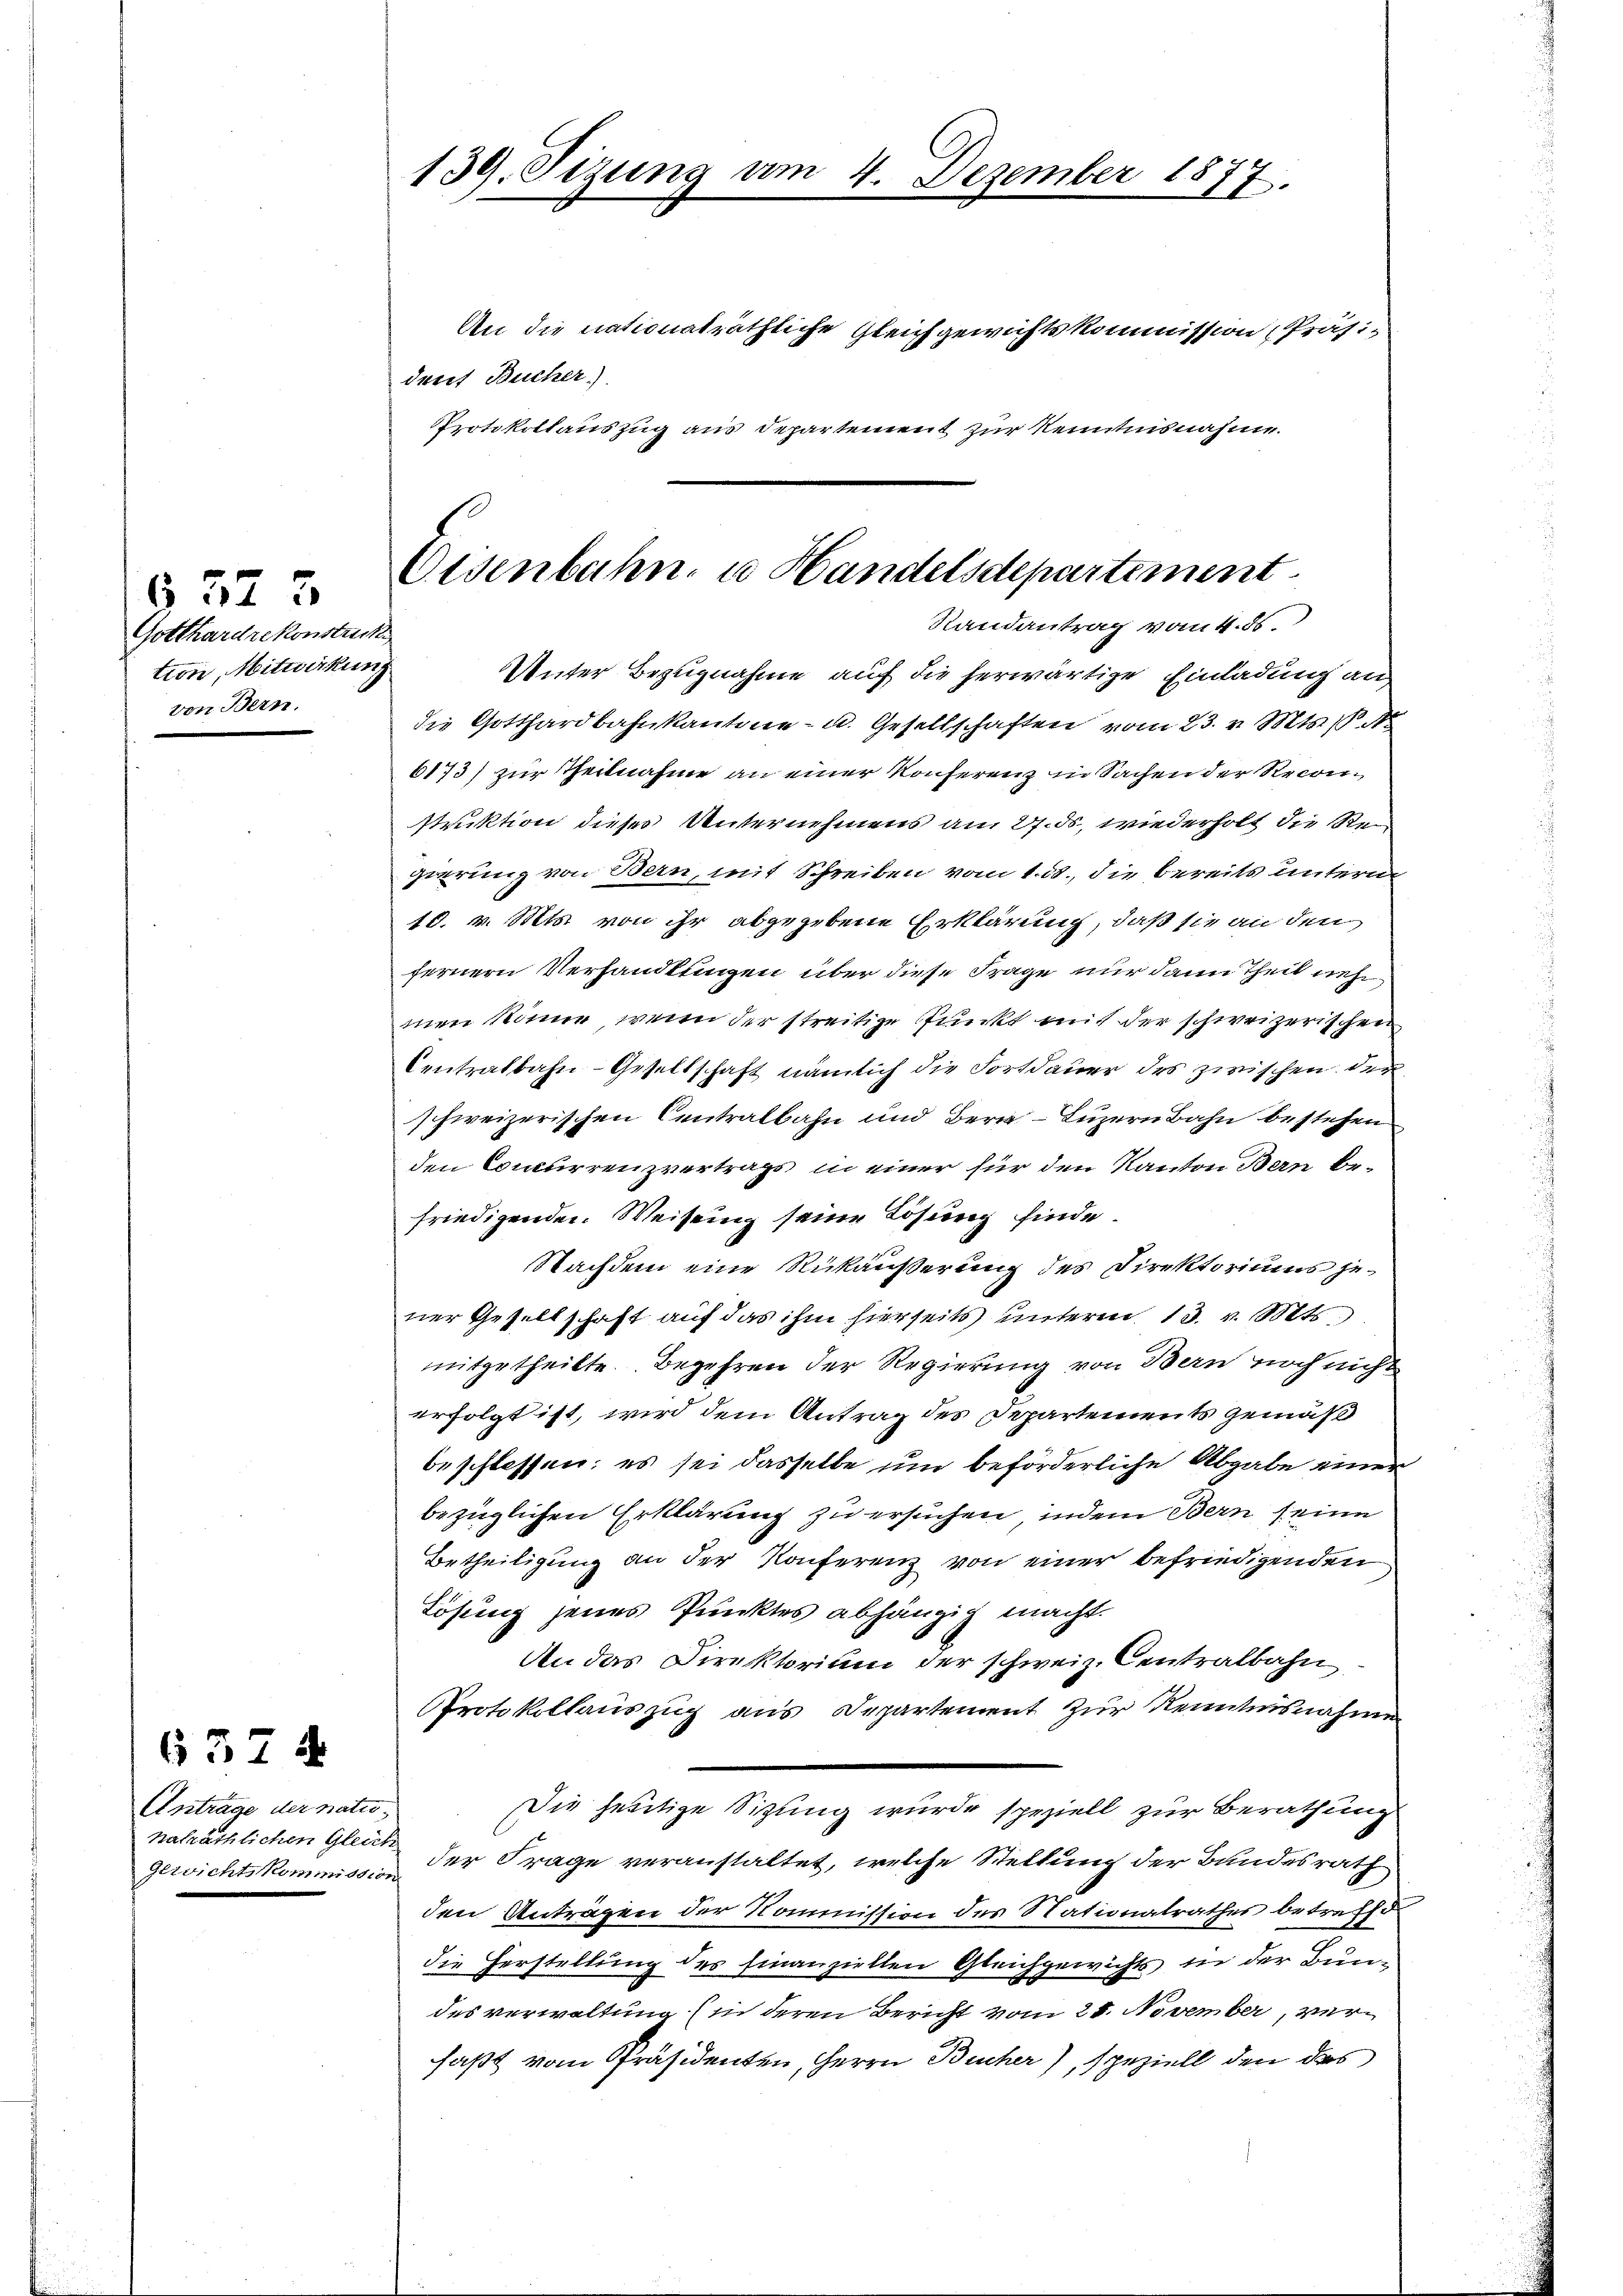
Gotthardrekonstrukt
tion, Mitwirkun
von Bern.

§ 523

Antrage der natiohaträthlichen Gleier
Gerrichtskommissi

657 4

Eisenbahn u Handelsdepartement
Randantrag vom 4. 55.

139. Sizung am 4. Dezember 1877.
An die nationalräthliche Gleichgewichtskommission Präsi¬

dent Bucher)
Protokollauszug aus Departement zur Kenntnisnahme.
Unter Bezugnahme auf die herwärtige Einladung an
die Gotthardbahnkantone - u. Gesellschaften vom 23. v. Mts. 1. No
6173) zur Theilnahme an einer Konferenz in Sachen der Recon
struktion dieses Unternehmens am 27. ds, wiederholt die Reperrung von Bern, mit Schreiben vom 1. 55., die bereits untern
10. v. Mts. von ihr abgegebene Erklärung, daß sie an den
fernern Verhandlungen über diese Frage nur dann Theil neh
men könne, wenn der streitige Punkt mit der schweizerischen
Centralbahn-Gesellschaft nämlich die Fortdauer des zwischen der
schweizerischen Centralbahn und Bern Luzern Bahn bestehen
den Concurrenzvertrags in einer für den Kanton Bern befriedigenden Weisung seine Lösung finde.
Nachdem eine Rückäußerung des Direktoriums jener Gesellschaft auf das ihm hierseits unterm 13. v. Mts.
mitgetheilte Begehren der Regierung von Bern noch nicht
erfolgt ist, wird dem Antrag des Departements gemäß
beschlossen; es sei dasselbe um beförderliche Abgabe einer
bezüglichen Erklärung zu ersuchen, indem Bern seine
Betheiligung an der Konferenz von einer befriedigenden
Lösung jenes Punktes abhängig macht.
An das Direktorium der schweiz. Centralbahn
Protokollauszug aus Departement zur Kenntnisnahm
Die heutige Sitzung wurde speziell zur Berathung
t
der Frage veranstaltet, welche Stellung der Bundesrath
den Antragen der Kommission des Nationalrathes betreffe
die Herstellung des finanziellen Gleichgewichts in der Bundes verwaltung (in deren Bericht vom 21. November, verfaßt vom Präsidenten, Herrn Bücher), speziell den das